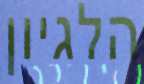
הלגיון